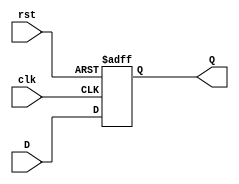
module FeedbackRegister #(
    parameter WIDTH = 8 // Configurable width of the register
)(
    input wire clk,       // Clock input
    input wire rst,       // Reset input
    input wire [WIDTH-1:0] D,  // Data input
    output reg [WIDTH-1:0] Q   // Data output
);

    // Sequential logic for the feedback register
    always @(posedge clk or posedge rst) begin
        if (rst) begin
            Q <= 0; // Reset output to zero
        end else begin
            Q <= D; // Update the output with the data input
        end
    end

endmodule